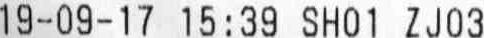
19-09-17 15:39 SH01 ZJ03